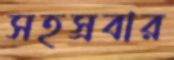
সহস্রবার